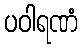
ပဝါရဏံ